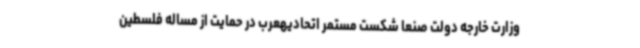
وزارت خارجه دولت صنعا شکست مستمر اتحادیهعرب در حمایت از مساله فلسطین